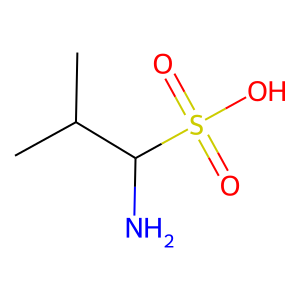
SMILES: CC(C)C(N)S(=O)(=O)O
Inhibits HIV replication: No